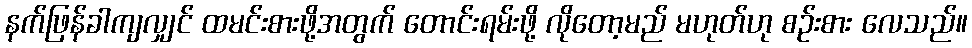
နက်ဖြန်ခါကျလျှင် ထမင်းစားဖို့အတွက် တောင်းရမ်းဖို့ လိုတော့မည် မဟုတ်ဟု စဉ်းစား လေသည်။